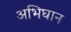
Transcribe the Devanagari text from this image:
अभिघान